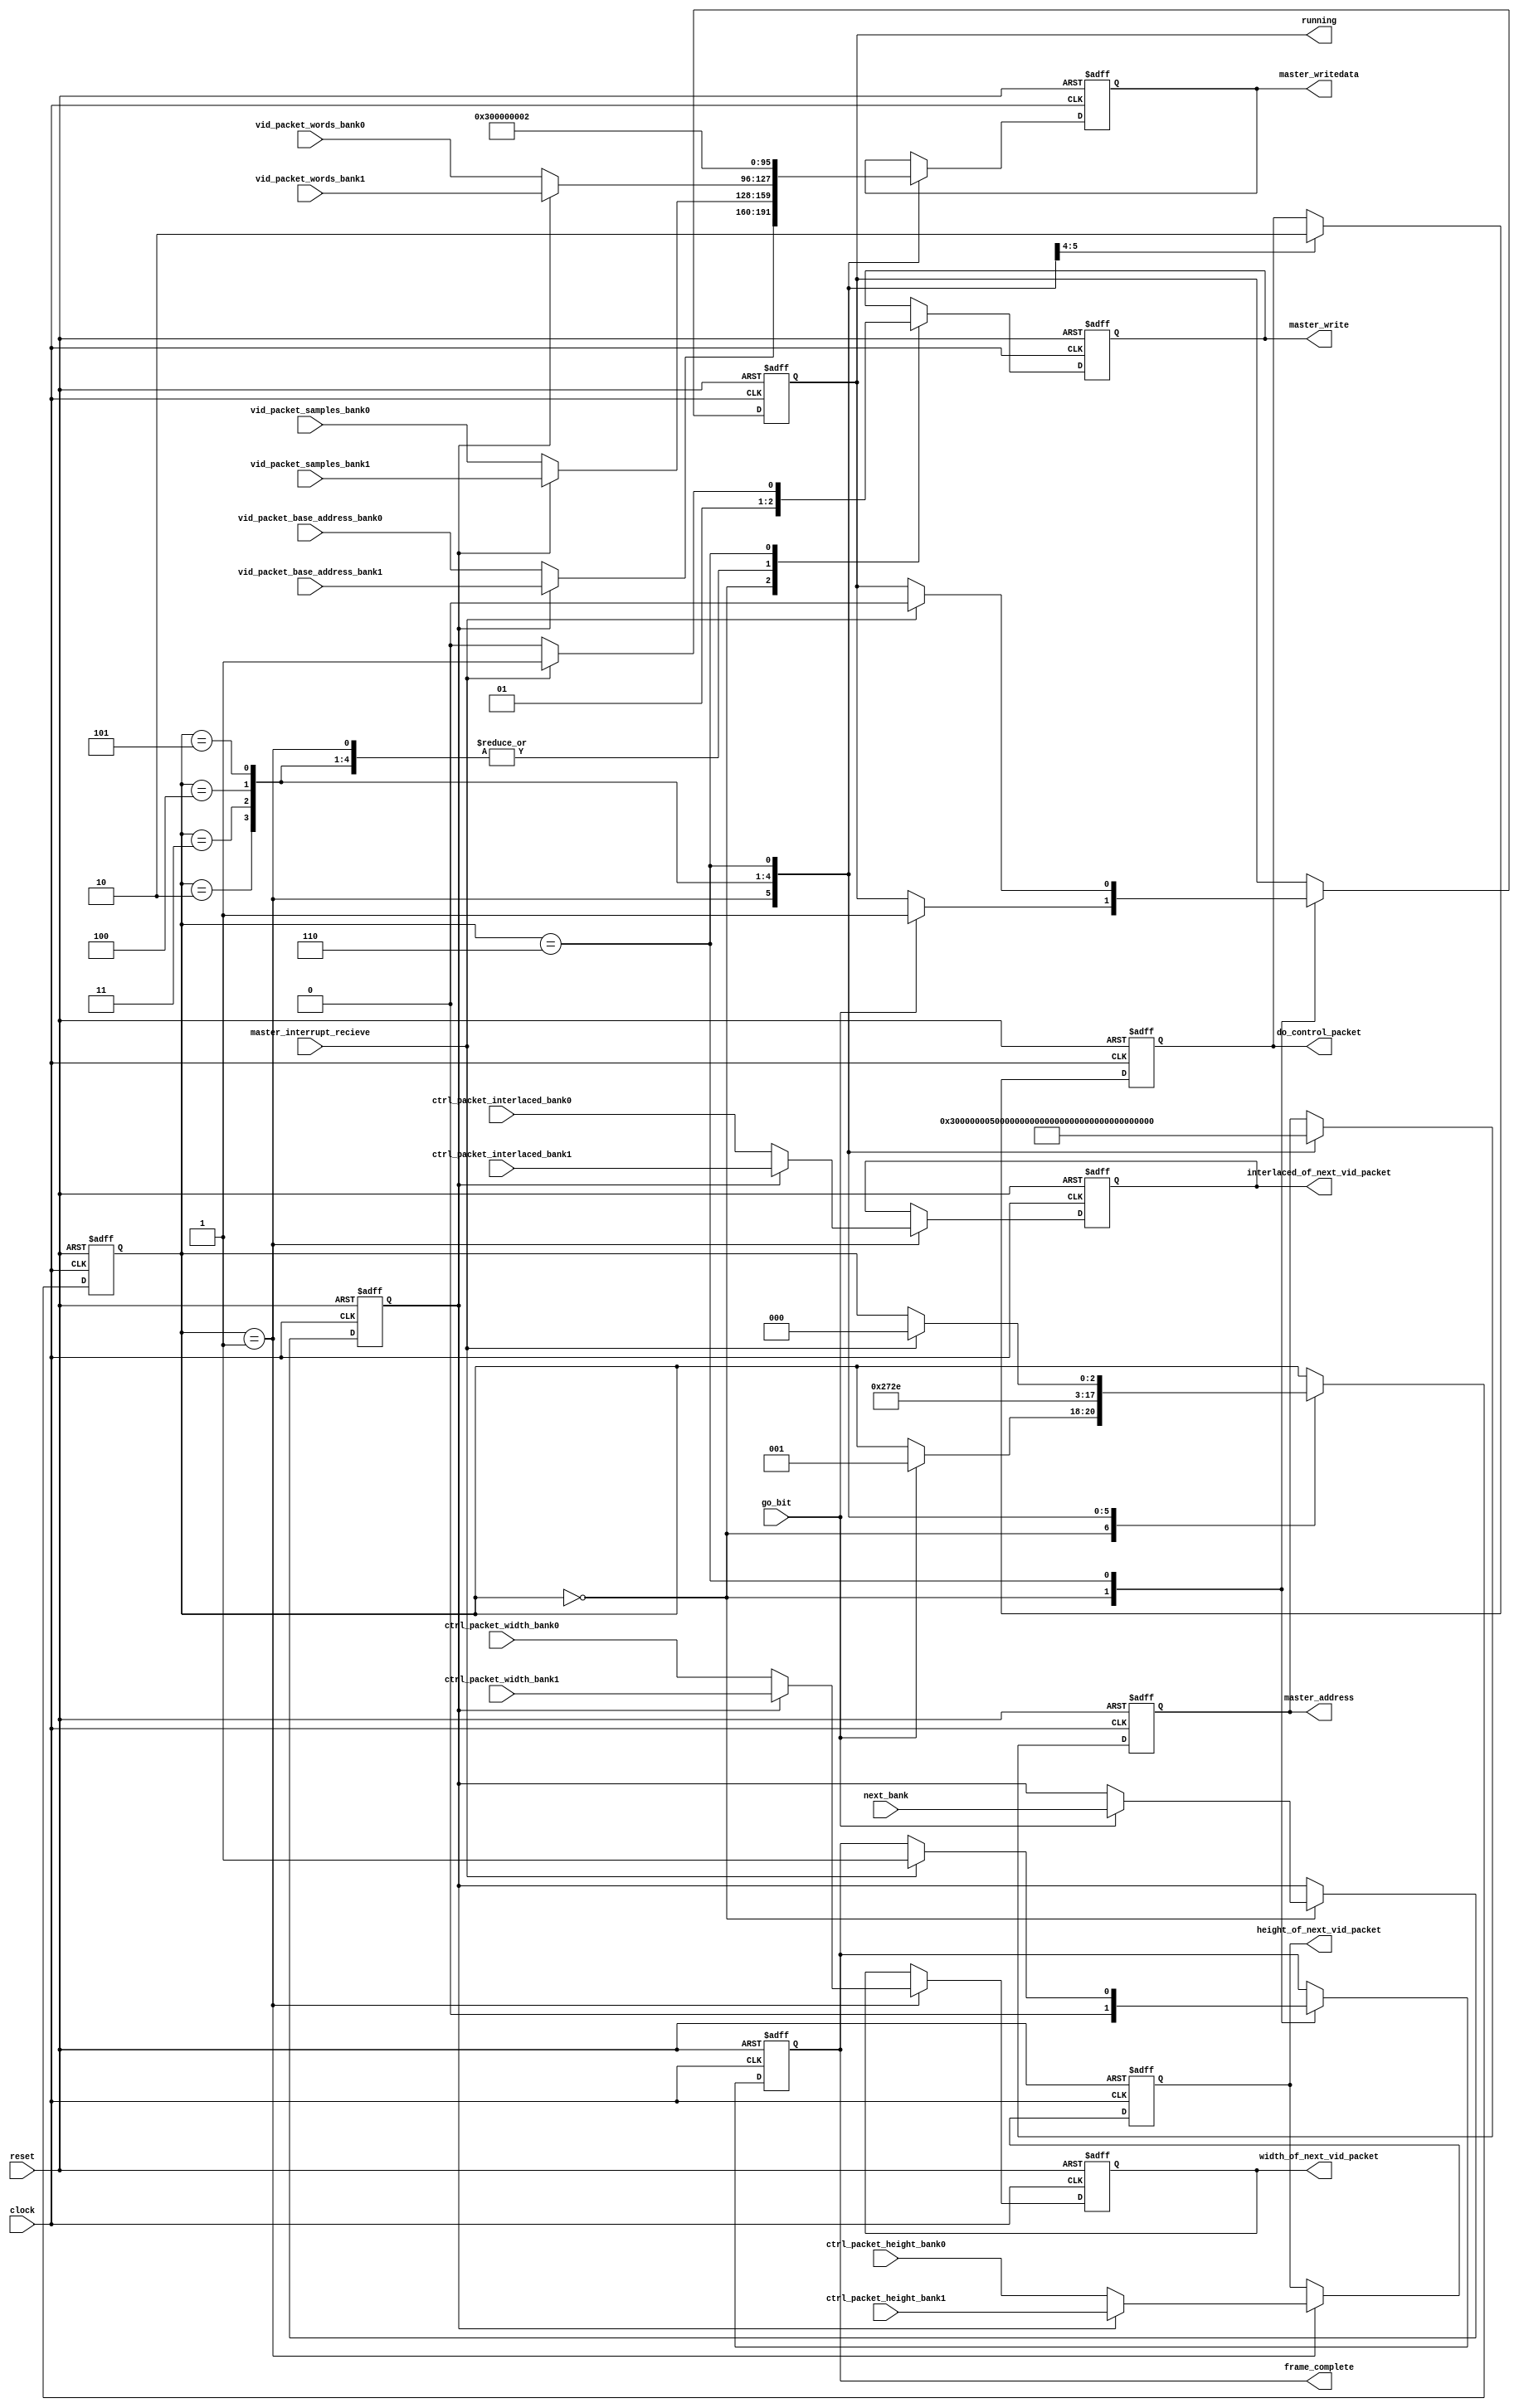
module alt_vipvfr130_vfr_controller
	(	
		clock,
		reset,
		
		master_address,
		master_write,
		master_writedata,
		master_interrupt_recieve,
		
		go_bit,
		running,
		frame_complete,		
		next_bank,
		
		ctrl_packet_width_bank0,
		ctrl_packet_height_bank0,
		ctrl_packet_interlaced_bank0,
		
		vid_packet_base_address_bank0,
		vid_packet_samples_bank0,
		vid_packet_words_bank0,
		
		ctrl_packet_width_bank1,
		ctrl_packet_height_bank1,
		ctrl_packet_interlaced_bank1,
		
		vid_packet_base_address_bank1,
		vid_packet_samples_bank1,
		vid_packet_words_bank1,
		
		width_of_next_vid_packet,
		height_of_next_vid_packet,
		interlaced_of_next_vid_packet,
		do_control_packet
	);

	localparam MASTER_ADDRESS_WIDTH	= 	32;	
	localparam MASTER_DATA_WIDTH 		=		32;
	
	parameter CONTROL_PACKET_RESOLUTION_REQUIREDWIDTH = 16;
	parameter CONTROL_PACKET_INTERLACED_REQUIREDWIDTH = 4;
	parameter PACKET_ADDRESS_WIDTH = 32;
	parameter PACKET_SAMPLES_WIDTH = 32;
	parameter PACKET_WORDS_WIDTH = 32;
	
	// I/Os
	input		clock;
	input		reset;
	
	// Avalon master to connect to PRC	
	output reg [MASTER_ADDRESS_WIDTH-1 :0] master_address;
	output reg master_write;
	output reg [MASTER_DATA_WIDTH-1 :0] master_writedata;
	input master_interrupt_recieve;
	
	// Avalon slave connections
	input go_bit;
	output reg running;
	output reg frame_complete;
	input next_bank;
	
	input [CONTROL_PACKET_RESOLUTION_REQUIREDWIDTH-1:0] ctrl_packet_width_bank0;
	input [CONTROL_PACKET_RESOLUTION_REQUIREDWIDTH-1:0] ctrl_packet_height_bank0;
	input [CONTROL_PACKET_INTERLACED_REQUIREDWIDTH-1:0] ctrl_packet_interlaced_bank0;
	
	input [PACKET_ADDRESS_WIDTH-1:0] 	vid_packet_base_address_bank0;
	input [PACKET_SAMPLES_WIDTH-1:0] 	vid_packet_samples_bank0;
	input [PACKET_WORDS_WIDTH-1:0] 		vid_packet_words_bank0;
	
	input [CONTROL_PACKET_RESOLUTION_REQUIREDWIDTH-1:0] ctrl_packet_width_bank1;
	input [CONTROL_PACKET_RESOLUTION_REQUIREDWIDTH-1:0] ctrl_packet_height_bank1;
	input [CONTROL_PACKET_INTERLACED_REQUIREDWIDTH-1:0] ctrl_packet_interlaced_bank1;
	
	input [PACKET_ADDRESS_WIDTH-1:0] 	vid_packet_base_address_bank1;
	input [PACKET_SAMPLES_WIDTH-1:0] 	vid_packet_samples_bank1;
	input [PACKET_WORDS_WIDTH-1:0] 		vid_packet_words_bank1;
	
	//interface to the control packet encoder
	output reg [CONTROL_PACKET_RESOLUTION_REQUIREDWIDTH-1:0] width_of_next_vid_packet;
	output reg [CONTROL_PACKET_RESOLUTION_REQUIREDWIDTH-1:0] height_of_next_vid_packet;
	output reg [CONTROL_PACKET_INTERLACED_REQUIREDWIDTH-1:0] interlaced_of_next_vid_packet;
	output reg do_control_packet;
	
	
	//addresses of the packet reader slave port
	localparam PACKET_READER_GO_ADDRESS = 0;
	localparam PACKET_READER_STATUS_ADDRESS = 1;
	localparam PACKET_READER_INTERRUPT_ADDRESS = 2;
	localparam PACKET_READER_PACKET_ADDRESS_ADDRESS = 3;
	localparam PACKET_READER_PACKET_TYPE_ADDRESS = 4;
	localparam PACKET_READER_PACKET_SAMPLES_ADDRESS = 5;
	localparam PACKET_READER_PACKET_WORDS_ADDRESS = 6;
	
	// FSM states
	localparam [2:0] IDLE            		= 3'd0;
	localparam [2:0] SENDING_ADDRESS 		= 3'd1;
	localparam [2:0] SENDING_SAMPLES 		= 3'd2;
	localparam [2:0] SENDING_WORDS   		= 3'd3;
	localparam [2:0] SENDING_TYPE   		= 3'd4;
	localparam [2:0] SENDING_GO_AND_ENABLE_INTERRUPT      		= 3'd5;
	localparam [2:0] WAITING_END_FRAME 	= 3'd6;
	reg [2:0] state;
	reg bank_to_read;
		
		// Finite State Machine
	always @(posedge clock or posedge reset) begin
		if (reset) begin
			state <= IDLE;		
			bank_to_read <= 0;
			master_write <= 0;
			master_writedata <= 0;
			master_address <= 0;
			do_control_packet <= 0;
			width_of_next_vid_packet <=0;
			height_of_next_vid_packet <=0;
			interlaced_of_next_vid_packet <=0;
			running<=0;
			frame_complete<=0;
			
		end	else begin
			case (state)
				
				// this state waits for the go bit to go high
				IDLE :	begin
					//the last state will have set this to 1.
					master_write<=0;
					
					//whether this should reset here is unknown right now.
					frame_complete<=0;
					if(go_bit) begin
						state <= SENDING_ADDRESS;
						bank_to_read <= next_bank;
						running<=1;				
					end
				end
				
				// sends the address of the selected bank on to the prc
				// given that the slave on the slave has no flow control this is easy
				
				//this one also tells the encoder what width height and interlaced to use, and tells it to go!
				SENDING_ADDRESS :	begin 
					state <= SENDING_SAMPLES;
					master_address <= PACKET_READER_PACKET_ADDRESS_ADDRESS;
					master_write <= 1;
					do_control_packet <= 1;
					if(bank_to_read==0) begin					
						master_writedata <= vid_packet_base_address_bank0;
						width_of_next_vid_packet <= ctrl_packet_width_bank0;
						height_of_next_vid_packet <= ctrl_packet_height_bank0;
						interlaced_of_next_vid_packet <= ctrl_packet_interlaced_bank0;
					end else begin
						master_writedata <= vid_packet_base_address_bank1;
						width_of_next_vid_packet <= ctrl_packet_width_bank1;
						height_of_next_vid_packet <= ctrl_packet_height_bank1;
						interlaced_of_next_vid_packet <= ctrl_packet_interlaced_bank1;
					end				
				end
				
				// sends the address of the selected bank on to the prc
				// given that the slave on the slave has no flow control this is easy
				SENDING_SAMPLES :	begin 
					state <= SENDING_WORDS;
					//the control packet has been requested, we dont need another.
					do_control_packet <= 0;
					master_address <= PACKET_READER_PACKET_SAMPLES_ADDRESS;
					master_write <= 1; //where it already is
					if(bank_to_read==0) begin					
						master_writedata <= vid_packet_samples_bank0;
					end else begin
						master_writedata <= vid_packet_samples_bank1;
					end				
				end
				
				// sends the address of the selected bank on to the prc
				// given that the slave on the slave has no flow control this is easy
				SENDING_WORDS :	begin 
					state <= SENDING_TYPE;
					master_address <= PACKET_READER_PACKET_WORDS_ADDRESS;
					master_write <= 1; //where it already is
					if(bank_to_read==0) begin					
						master_writedata <= vid_packet_words_bank0;
					end else begin
						master_writedata <= vid_packet_words_bank1;
					end				
				end
				
				// sends the address of the selected bank on to the prc
				// given that the slave on the slave has no flow control this is easy
				// this state could really be skipped as doesnt need to be done continuously
				// just at the start of the frame, but for extensibilities sake it can stay here
				SENDING_TYPE :	begin 
					state <= SENDING_GO_AND_ENABLE_INTERRUPT;
					master_address <= PACKET_READER_PACKET_TYPE_ADDRESS;
					master_write <= 1; //where it already is
					master_writedata <= 0; //video packet type
				end
				
				// sends the address of the selected bank on to the prc
				// given that the slave on the slave has no flow control this is easy
				SENDING_GO_AND_ENABLE_INTERRUPT :	begin 
					state <= WAITING_END_FRAME;
					master_address <= PACKET_READER_GO_ADDRESS;
					master_write <= 1; //where it already is
					master_writedata <= 3; //where 1 is a go and enable the interrupt for end of packet so 3
				end
				
				//waiting for the frame to end
				WAITING_END_FRAME	: begin
					master_address <= PACKET_READER_INTERRUPT_ADDRESS;
					master_writedata <= 2;
					master_write <= 0; //this will get overriden below if appropriate
					
					//this can only mean the packet reader has finished the instructed packet
					if(master_interrupt_recieve) begin
						state <= IDLE;
						running <= 0;
						
						//between this state and the next going to pulse frame_complete high
						frame_complete <=1;
						//clear the interrupt, everything was already set.
						master_write <= 1;
					end
				end
			endcase
		end
	end	
endmodule